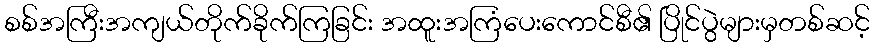
စစ်အကြီးအကျယ်တိုက်ခိုက်ကြခြင်း အထူးအကြံပေးကောင်စီ၏ ပြိုင်ပွဲများမှတစ်ဆင့်